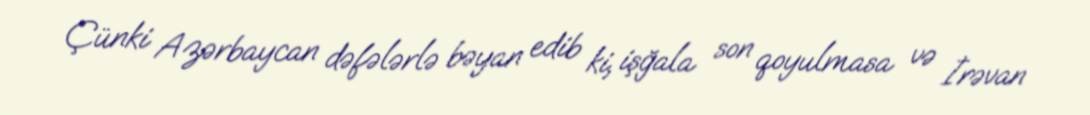
Çünki Azərbaycan dəfələrlə bəyan edib ki, işğala son qoyulmasa və İrəvan